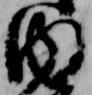
内